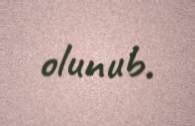
olunub.